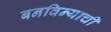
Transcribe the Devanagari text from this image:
बनविन्याची